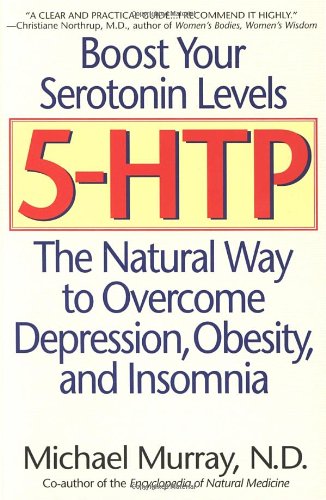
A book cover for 5-HTP: The Natural Way to Overcome Depression, Obesity, and Insomnia; Michael Murray; Medical Books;